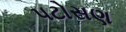
પટોસણ